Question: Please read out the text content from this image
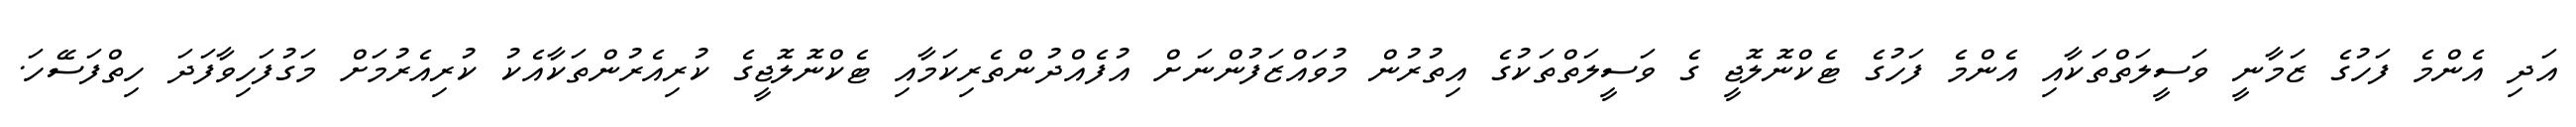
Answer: އަދި އެންމެ ފަހުގެ ޒަމާނީ ވަސީލަތްތަކާއި އެންމެ ފަހުގެ ޓެކްނޮލޮޖީ ގެ ވަސީލަތްތަކުގެ އިތުރުން މުވައްޒަފުންނަށް އުފެއްދުންތެރިކަމާއި ޓެކްނޮލޮޖީގެ ކުރިއެރުންތަކާއެކު ކުރިއެރުމަށް މަގުފަހިވާފަދަ ހިތްފަސޭހަ.